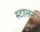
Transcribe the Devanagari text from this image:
स्टालन